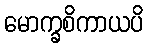
မောက္ခစိကာယပိ